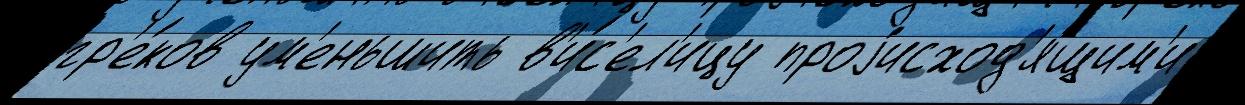
гр'е́ков ум'еньшить в'и́с'ел'ицу проjисход'я́щим'и